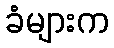
ခံများက